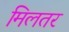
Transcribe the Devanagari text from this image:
मिलतर